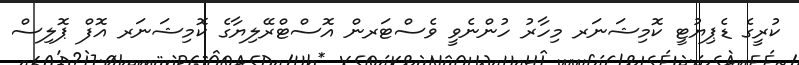
ކުރީގެ ޑެޕިޔުޓީ ކޮމިޝަނަރ މިހާރު ހުންނެވީ ވެސްޓަރން އޮސްޓްރޭލިޔާގެ ކޮމިޝަނަރ އޮފް ޕޮލިސް